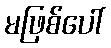
မဖြစ်ပေါ်